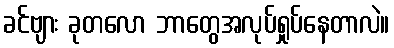
ခင်ဗျား ခုတလော ဘာတွေအလုပ်ရှုပ်နေတာလဲ။